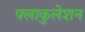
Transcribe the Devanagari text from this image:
फ्लाकुलेशन